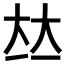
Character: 𡘋